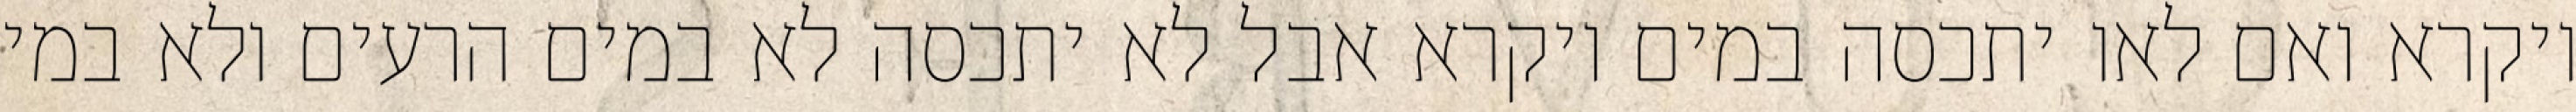
ויקרא ואם לאו יתכסה במים ויקרא אבל לא יתכסה לא במים הרעים ולא במי